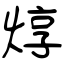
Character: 焞